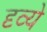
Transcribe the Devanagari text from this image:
दृव्ये